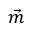
\vec { m }